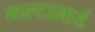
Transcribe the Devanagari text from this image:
माल्टाज़ार्ड